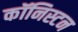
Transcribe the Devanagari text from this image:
कॉनिस्टन